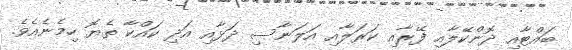
ބައްޓާއި ދޮންކޭލާއި ފޭރާއި ކަރަލާއި އަލަނާސި ދަޅާއި އަދި ކައްކާ ތެޔޮ ހިމެނެއެވެ.